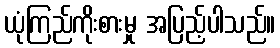
ယုံကြည်ကိုးစားမှု အပြည့်ပါသည်။